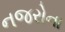
નજરોના